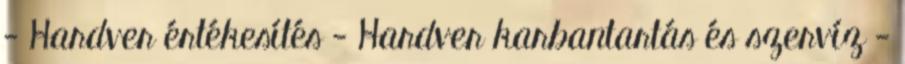
- Hardver értékesítés - Hardver karbantartás és szervíz -